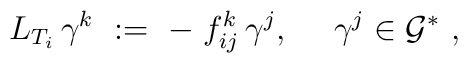
L_{T_i}\,\gamma^k \ := \ -\; f_{ij}^k\,\gamma^j, \ \quad\gamma^j \in{\mathcal G}^* \ ,